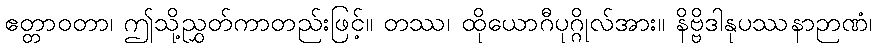
ဧတ္တာဝတာ၊ ဤသို့ညွှတ်ကာတည်းဖြင့်။ တဿ၊ ထိုယောဂီပုဂ္ဂိုလ်အား။ နိဗ္ဗိဒါနုပဿနာဉာဏံ၊